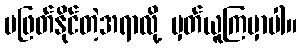
မဖြတ်နိုင်တဲ့အရာလို့ မှတ်ယူကြမှာပါ။